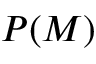
P ( M )